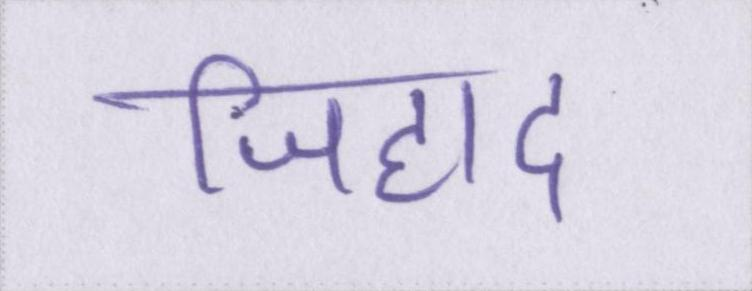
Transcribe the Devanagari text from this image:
जिहाद